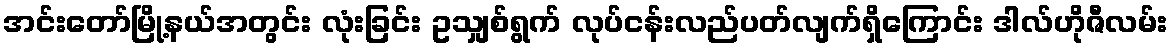
အင်းတော်မြို့နယ်အတွင်း လုံးခြင်း ဥသျှစ်ရွက် လုပ်ငန်းလည်ပတ်လျက်ရှိကြောင်း ဒါလ်ဟိုဇီလမ်း